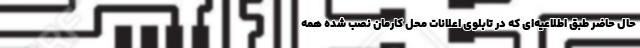
حال حاضر طبق اطلاعیه‌ای که در تابلوی اعلانات محل کارمان نصب شده همه